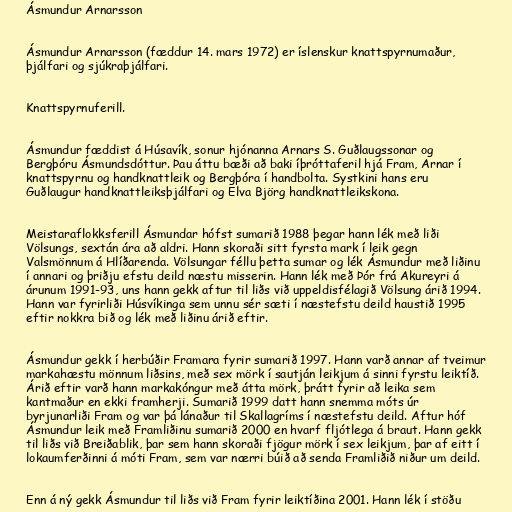
Ásmundur Arnarsson

Ásmundur Arnarsson (fæddur 14. mars 1972) er íslenskur knattspyrnumaður,
þjálfari og sjúkraþjálfari.

Knattspyrnuferill.

Ásmundur fæddist á Húsavík, sonur hjónanna Arnars S. Guðlaugssonar og
Bergþóru Ásmundsdóttur. Þau áttu bæði að baki íþróttaferil hjá Fram, Arnar í
knattspyrnu og handknattleik og Bergþóra í handbolta. Systkini hans eru
Guðlaugur handknattleiksþjálfari og Elva Björg handknattleikskona.

Meistaraflokksferill Ásmundar hófst sumarið 1988 þegar hann lék með liði
Völsungs, sextán ára að aldri. Hann skoraði sitt fyrsta mark í leik gegn
Valsmönnum á Hlíðarenda. Völsungar féllu þetta sumar og lék Ásmundur með liðinu
í annari og þriðju efstu deild næstu misserin. Hann lék með Þór frá Akureyri á
árunum 1991-93, uns hann gekk aftur til liðs við uppeldisfélagið Völsung árið 1994.
Hann var fyrirliði Húsvíkinga sem unnu sér sæti í næstefstu deild haustið 1995
eftir nokkra bið og lék með liðinu árið eftir.

Ásmundur gekk í herbúðir Framara fyrir sumarið 1997. Hann varð annar af tveimur
markahæstu mönnum liðsins, með sex mörk í sautján leikjum á sinni fyrstu leiktíð.
Árið eftir varð hann markakóngur með átta mörk, þrátt fyrir að leika sem
kantmaður en ekki framherji. Sumarið 1999 datt hann snemma móts úr
byrjunarliði Fram og var þá lánaður til Skallagríms í næstefstu deild. Aftur hóf
Ásmundur leik með Framliðinu sumarið 2000 en hvarf fljótlega á braut. Hann gekk
til liðs við Breiðablik, þar sem hann skoraði fjögur mörk í sex leikjum, þar af eitt í
lokaumferðinni á móti Fram, sem var nærri búið að senda Framliðið niður um deild.

Enn á ný gekk Ásmundur til liðs við Fram fyrir leiktíðina 2001. Hann lék í stöðu